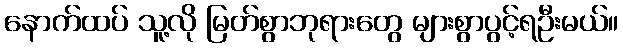
နောက်ထပ် သူ့လို မြတ်စွာဘုရားတွေ များစွာပွင့်ရဦးမယ်။